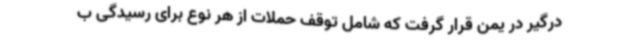
درگیر در یمن قرار گرفت که شامل توقف حملات از هر نوع برای رسیدگی ب